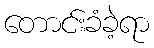
တောင်းခံခဲ့ရာ